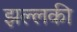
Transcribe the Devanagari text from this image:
झल्लकी